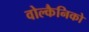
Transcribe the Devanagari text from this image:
वोल्कैनिको